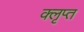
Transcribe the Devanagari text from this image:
क्लृप्त